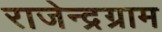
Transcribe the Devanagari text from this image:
राजेन्द्रग्राम